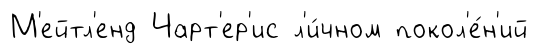
М'ейтл'енд Чарт'ер'ис л'и́чном покол'е́н'ий